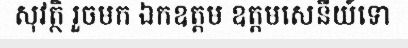
សុវត្ថិ រួចមក ឯកឧត្តម ឧត្តមសេនីយ៍ទោ